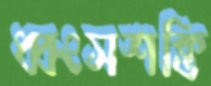
ধ্বংসশক্তি